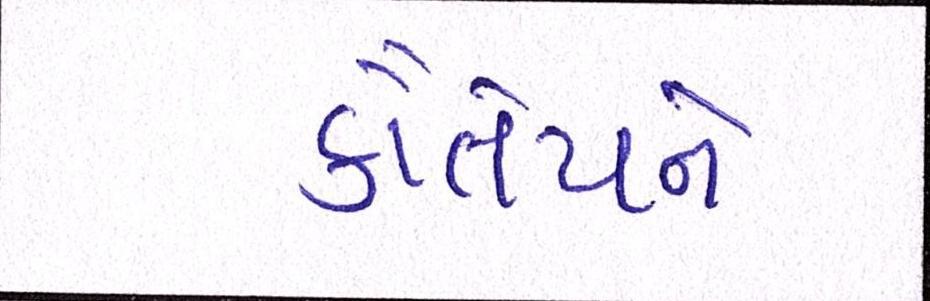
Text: કૌંતેયને